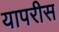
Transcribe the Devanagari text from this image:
यापरीस